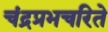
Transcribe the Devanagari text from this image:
चंद्रप्रभचरिते